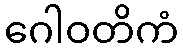
ဂေါဝတိကံ